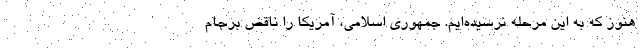
هنوز که به این مرحله نرسیده‌ایم. جمهوری اسلامی، آمریکا را ناقض برجام